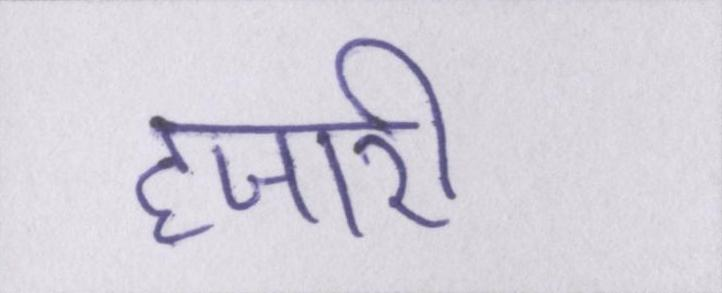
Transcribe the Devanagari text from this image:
हजारी